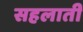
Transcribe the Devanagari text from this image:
सहलाती